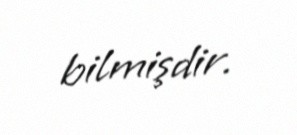
bilmişdir.